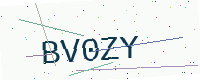
Text: BV0ZY